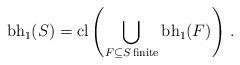
LaTeX: \begin{align*}{\rm bh}_1 (S) = {\rm cl} \left(\bigcup_{F \subseteq S \, {\rm finite}} {\rm bh}_1 (F)\right)\,.\end{align*}